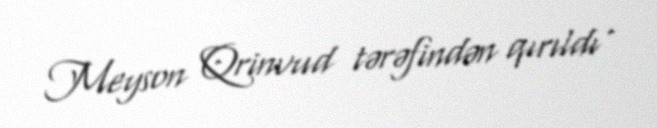
Meyson Qrinvud tərəfindən qırıldı .